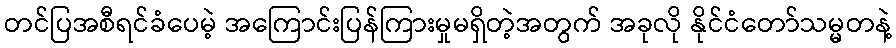
တင်ပြအစီရင်ခံပေမဲ့ အကြောင်းပြန်ကြားမှုမရှိတဲ့အတွက် အခုလို နိုင်ငံတော်သမ္မတနဲ့